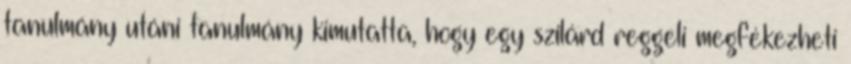
tanulmány utáni tanulmány kimutatta, hogy egy szilárd reggeli megfékezheti